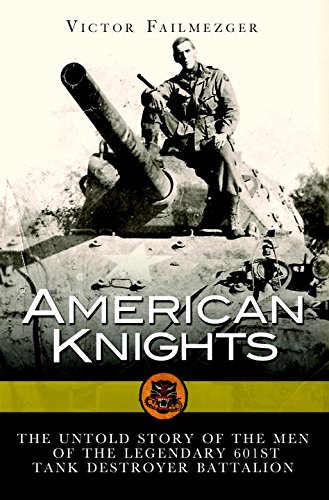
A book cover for American Knights: The Untold Story of the Men of the 601st Tank Destroyer Battalion (General Military); Victor Failmezger; History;